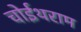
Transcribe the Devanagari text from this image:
चोईथराम